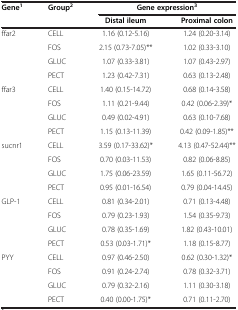
<table><thead><tr><td><b>Gene<sup>1</sup></b></td><td><b>Group<sup>2</sup></b></td><td colspan="2"><b>Gene expression<sup>3</sup></b></td></tr><tr><td><b> </b></td><td><b> </b></td><td><b>Distal ileum</b></td><td><b>Proximal colon</b></td></tr></thead><tbody><tr><td>ffar2</td><td>CELL</td><td>1.16 (0.12-5.16)</td><td>1.24 (0.20-3.14)</td></tr><tr><td> </td><td>FOS</td><td>2.15 (0.73-7.05)**</td><td>1.02 (0.33-3.10)</td></tr><tr><td> </td><td>GLUC</td><td>1.07 (0.33-3.81)</td><td>1.07 (0.43-2.97)</td></tr><tr><td> </td><td>PECT</td><td>1.23 (0.42-7.31)</td><td>0.63 (0.13-2.48)</td></tr><tr><td>ffar3</td><td>CELL</td><td>1.40 (0.15-14.72)</td><td>0.68 (0.14-3.58)</td></tr><tr><td> </td><td>FOS</td><td>1.11 (0.21-9.44)</td><td>0.42 (0.06-2.39)*</td></tr><tr><td> </td><td>GLUC</td><td>0.49 (0.02-4.91)</td><td>0.63 (0.10-7.68)</td></tr><tr><td> </td><td>PECT</td><td>1.15 (0.13-11.39)</td><td>0.42 (0.09-1.85)**</td></tr><tr><td>sucnr1</td><td>CELL</td><td>3.59 (0.17-33.62)*</td><td>4.13 (0.47-52.44)**</td></tr><tr><td> </td><td>FOS</td><td>0.70 (0.03-11.53)</td><td>0.82 (0.06-8.85)</td></tr><tr><td> </td><td>GLUC</td><td>1.75 (0.06-23.59)</td><td>1.65 (0.11-56.72)</td></tr><tr><td> </td><td>PECT</td><td>0.95 (0.01-16.54)</td><td>0.79 (0.04-14.45)</td></tr><tr><td>GLP-1</td><td>CELL</td><td>0.81 (0.34-2.01)</td><td>0.71 (0.13-4.48)</td></tr><tr><td> </td><td>FOS</td><td>0.79 (0.23-1.93)</td><td>1.54 (0.35-9.73)</td></tr><tr><td> </td><td>GLUC</td><td>0.78 (0.35-1.69)</td><td>1.82 (0.43-10.01)</td></tr><tr><td> </td><td>PECT</td><td>0.53 (0.03-1.71)*</td><td>1.18 (0.15-8.77)</td></tr><tr><td>PYY</td><td>CELL</td><td>0.97 (0.46-2.50)</td><td>0.62 (0.30-1.32)*</td></tr><tr><td> </td><td>FOS</td><td>0.91 (0.24-2.74)</td><td>0.78 (0.32-3.71)</td></tr><tr><td> </td><td>GLUC</td><td>0.79 (0.32-2.16)</td><td>1.11 (0.30-3.18)</td></tr><tr><td> </td><td>PECT</td><td>0.40 (0.00-1.75)*</td><td>0.71 (0.11-2.70)</td></tr></tbody></table>